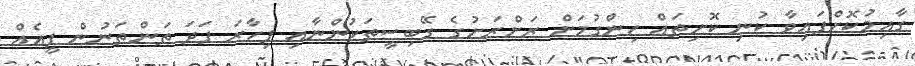
ގާއިމުކޮށްފައިވާ ކުނި ކޮށިތައް ހިންގުމަށް ރަށްރަށުގެ ގޭބިސީތަކުންނާއި ފިހާރަ ފަދަ ތަންތަނުން ފީއެއް